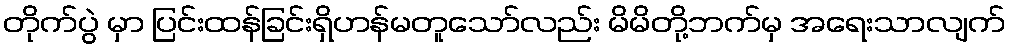
တိုက်ပွဲ မှာ ပြင်းထန်ခြင်းရှိဟန်မတူသော်လည်း မိမိတို့ဘက်မှ အရေးသာလျက်